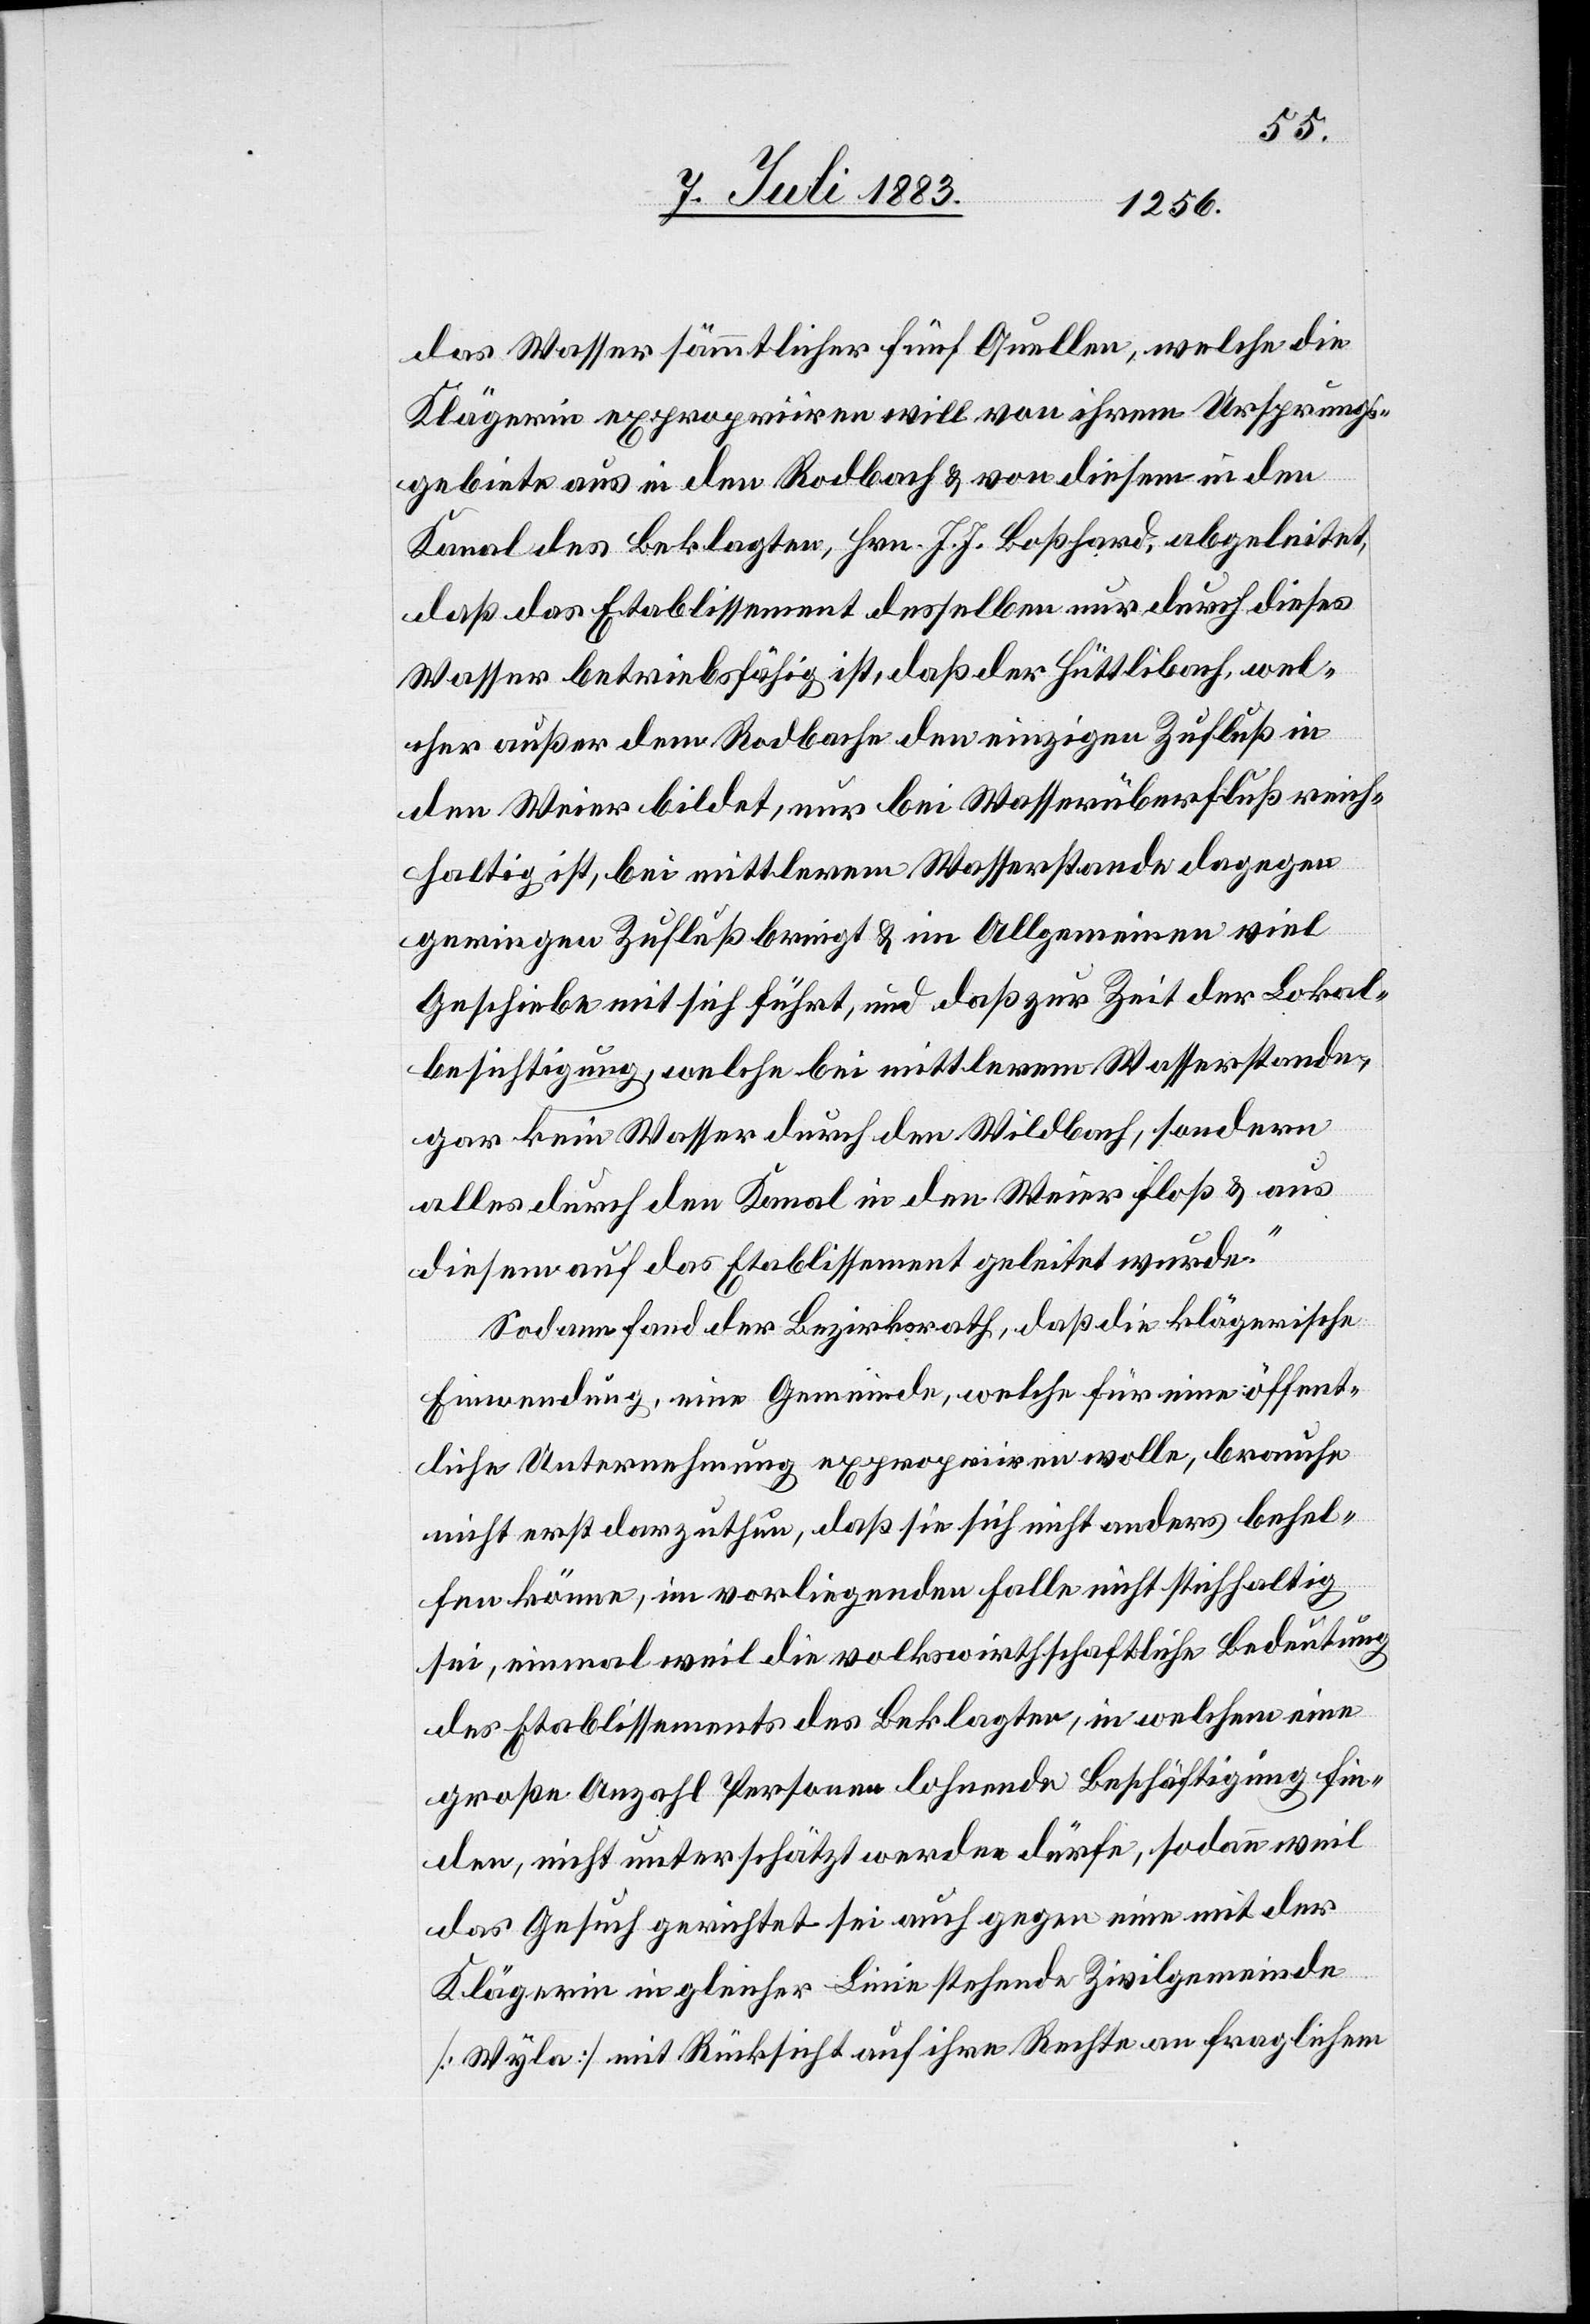
das Wasser sämmtlicher fünf Quellen, welche die
Klägerin expropriiren will von ihrem Ursprungs¬
gebiete aus in den Rodbach & von diesem in den
Kanal des Beklagten, Hrn. J. J. Boßhard, abgeleitet,
daß das Etablissement desselben nur durch dieses
Wasser betriebsfähig ist, daß der Hüttlibach, wel¬
cher außer dem Rodbache den einzigen Zufluß in
den Weier bildet, nur bei Wasserüberfluß reich¬
haltig ist, bei mittlerem Wasserstande dagegen
geringen Zufluß bringt & im Allgemeinen viel
Geschiebe mit sich führt, und daß zur Zeit der Lokal¬
besichtigung, welche bei mittlerem Wasserstande
gar kein Wasser durch den Wildbach sondern
alles durch den Kanal in den Weier floß & aus
diesem auf das Etablissement gleitet wurde.“
Sodann fand der Bezirksrath, daß die klägerische
Einwendung, eine Gemeinde, welche für eine öffent¬
liche Unternehmung expropriiren wolle, brauche
nicht erst darzuthun, daß sie sich nicht anders behel¬
fen könne, im vorliegenden Falle nicht stichhaltig
sei, einmal weil die volkswirtschaftliche Bedeutung
des Etablissements des Beklagten, in welchem eine
große Anzahl Personen lohnende Beschäftigung fin¬
den, nicht unterschätzt werden dürfe, sodann weil
das Gesuch gerichtet sei auch gegen eine mit der
Klägerin in gleicher Linie stehende Zivilgemeinde
[Wyla] mit Rücksicht auf ihre Rechte an fraglichem